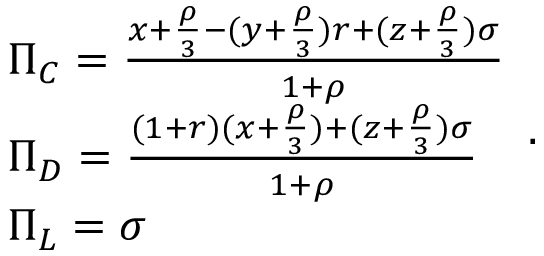
\begin{array} { l } { \Pi _ { C } = \frac { x + \frac { \rho } { 3 } - ( y + \frac { \rho } { 3 } ) r + ( z + \frac { \rho } { 3 } ) \sigma } { 1 + \rho } } \\ { \Pi _ { D } = \frac { ( 1 + r ) ( x + \frac { \rho } { 3 } ) + ( z + \frac { \rho } { 3 } ) \sigma } { 1 + \rho } } \\ { \Pi _ { L } = \sigma } \end{array} .